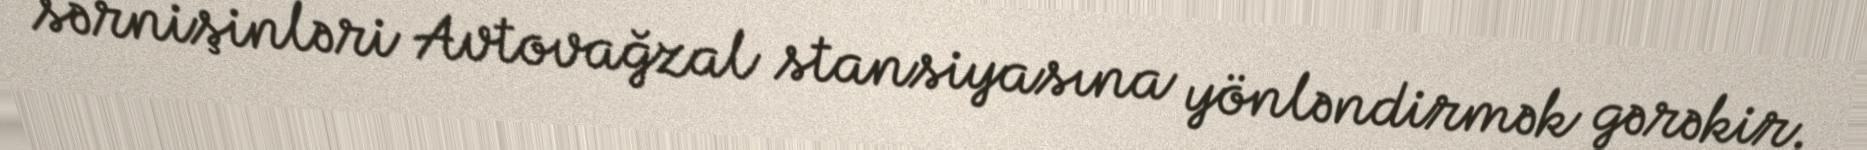
sərnişinləri Avtovağzal stansiyasına yönləndirmək gərəkir.